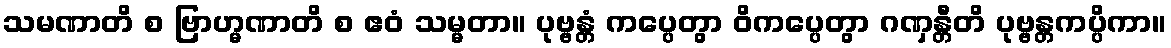
သမဏာတိ စ ဗြာဟ္မဏာတိ စ ဧဝံ သမ္မတာ။ ပုဗ္ဗန္တံ ကပ္ပေတွာ ဝိကပ္ပေတွာ ဂဏှန္တီတိ ပုဗ္ဗန္တကပ္ပိကာ။